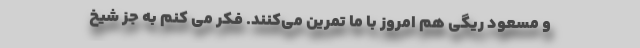
و مسعود ریگی هم امروز با ما تمرین می‌کنند. فکر می ‌کنم به جز شیخ